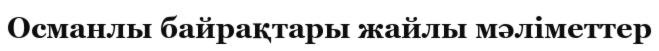
Османлы байрақтары жайлы мәліметтер